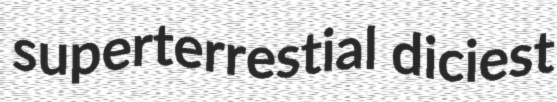
superterrestial diciest